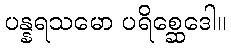
ပန္နရသမော ပရိစ္ဆေဒေါ။